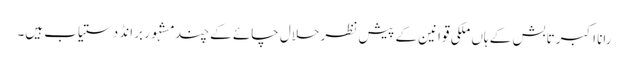
رانا اکبر تابش کے ہاں ملکی قوانین کے پیشِ نظر حلال چائے کے چند مشہُور برانڈ دستیاب ہیں۔